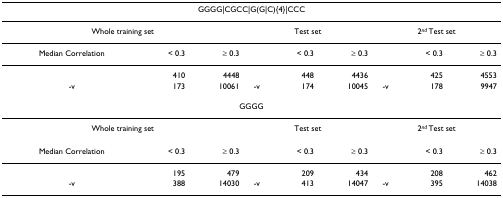
<table><thead><tr><td colspan="9"><b>GGGG|CGCC|G(G|C){4}|CCC</b></td></tr></thead><tbody><tr><td colspan="3">Whole training set</td><td colspan="3">Test set</td><td colspan="3">2<sup><i>nd </i></sup>Test set</td></tr><tr><td>Median Correlation</td><td>&lt; 0.3</td><td>≥ 0.3</td><td></td><td>&lt; 0.3</td><td>≥ 0.3</td><td></td><td>&lt; 0.3</td><td>≥ 0.3</td></tr><tr><td></td><td>410</td><td>4448</td><td></td><td>448</td><td>4436</td><td></td><td>425</td><td>4553</td></tr><tr><td>-v</td><td>173</td><td>10061</td><td>-v</td><td>174</td><td>10045</td><td>-v</td><td>178</td><td>9947</td></tr><tr><td colspan="9">GGGG</td></tr><tr><td colspan="3">Whole training set</td><td colspan="3">Test set</td><td colspan="3">2<sup><i>nd </i></sup>Test set</td></tr><tr><td>Median Correlation</td><td>&lt; 0.3</td><td>≥ 0.3</td><td></td><td>&lt; 0.3</td><td>≥ 0.3</td><td></td><td>&lt; 0.3</td><td>≥ 0.3</td></tr><tr><td></td><td>195</td><td>479</td><td></td><td>209</td><td>434</td><td></td><td>208</td><td>462</td></tr><tr><td>-v</td><td>388</td><td>14030</td><td>-v</td><td>413</td><td>14047</td><td>-v</td><td>395</td><td>14038</td></tr></tbody></table>